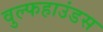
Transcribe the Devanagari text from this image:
वुल्फहाउंडस